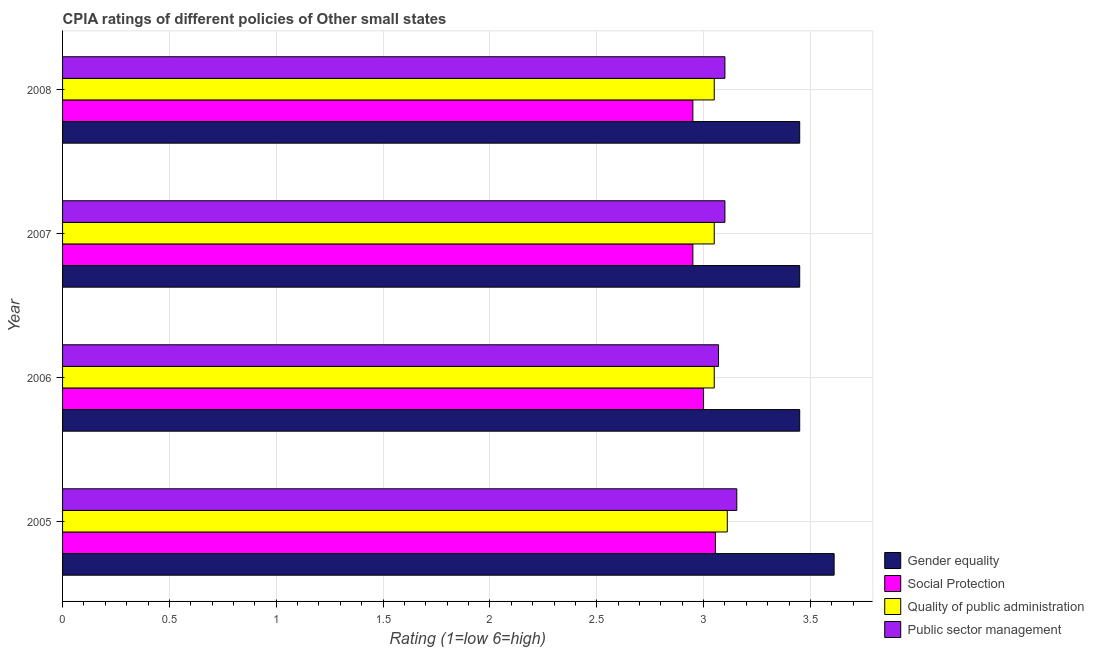
| Year | Gender equality | Social Protection | Quality of public administration | Public sector management |
 | --- | --- | --- | --- | --- |
 | 2005 | 3.61 | 3.06 | 3.11 | 3.16 |
 | 2006 | 3.45 | 3 | 3.05 | 3.07 |
 | 2007 | 3.45 | 2.95 | 3.05 | 3.1 |
 | 2008 | 3.45 | 2.95 | 3.05 | 3.1 |